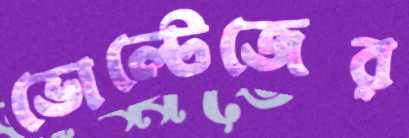
ভোল্টেজের